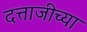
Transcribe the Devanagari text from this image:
दत्ताजीच्या